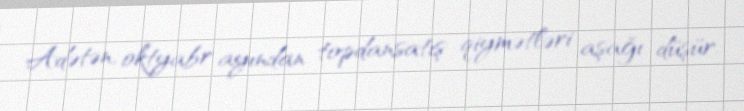
Adətən, oktyabr ayından topdansatış qiymətləri aşağı düşür.